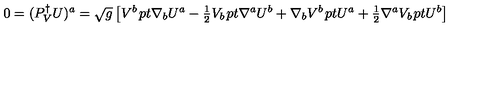
0 = ( P _ { V } ^ { \dagger } U ) ^ { a } = \sqrt g \left[ { V ^ { b } \kern 1 p t \nabla _ { b } U ^ { a } - { \textstyle { \frac { 1 } { 2 } } } V _ { b } \kern 1 p t \nabla ^ { a } U ^ { b } + \nabla _ { b } V ^ { b } \kern 1 p t U ^ { a } + { \textstyle { \frac { 1 } { 2 } } } \nabla ^ { a } V _ { b } \kern 1 p t U ^ { b } } \right]